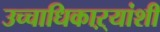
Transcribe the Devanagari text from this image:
उच्चाधिकाऱ्यांशी